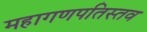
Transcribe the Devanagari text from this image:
महागणपतिस्तव